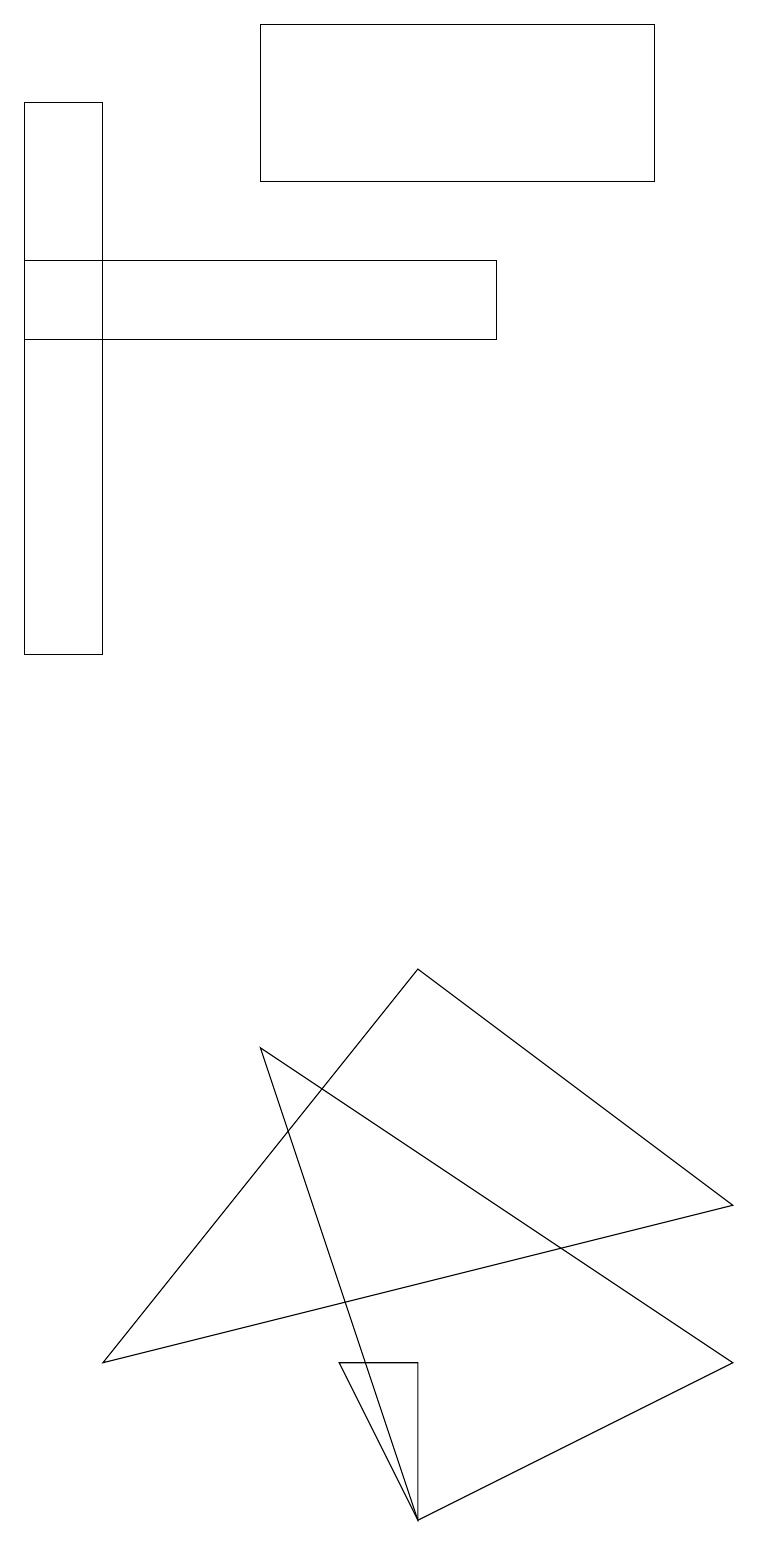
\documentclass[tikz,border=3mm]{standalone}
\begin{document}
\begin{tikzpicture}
\draw (5,7) -- (1,2) -- (9,4) -- cycle;
\draw (5,0) -- (3,6) -- (9,2) -- cycle;
\draw (6,15) rectangle (0,16);
\draw (8,19) rectangle (3,17);
\draw (1,18) rectangle (0,11);
\draw (4,2) -- (5,2) -- (5,0) -- cycle;
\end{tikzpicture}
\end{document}